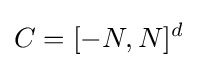
C=[-N,N]^{d}